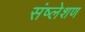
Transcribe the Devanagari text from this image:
संष्लेशण